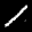
Label: 1